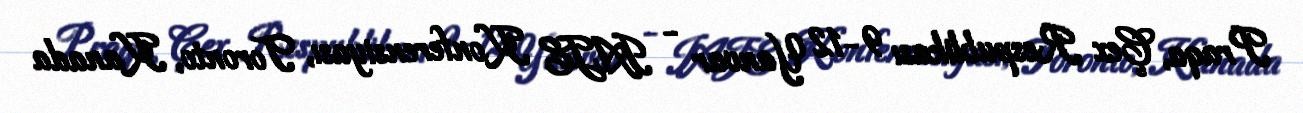
Praqa, Çex Respublikası 9-12 Yanvar - IAJE Konferensiyası, Toronto, Kanada